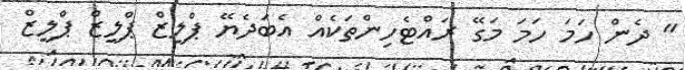
" ދެން ހަމަ ހަމަ މަގޭ ރައްޓެހިންތަކެއް އެބަދެޔޭ ޕްލީޒް ޕްލީޒް ޕްލީޒް